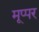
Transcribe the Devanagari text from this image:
मूप्पर